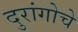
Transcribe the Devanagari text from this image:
दुरांगोचे